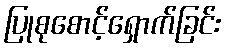
ပြုစုစောင့်ရှောက်ခြင်း